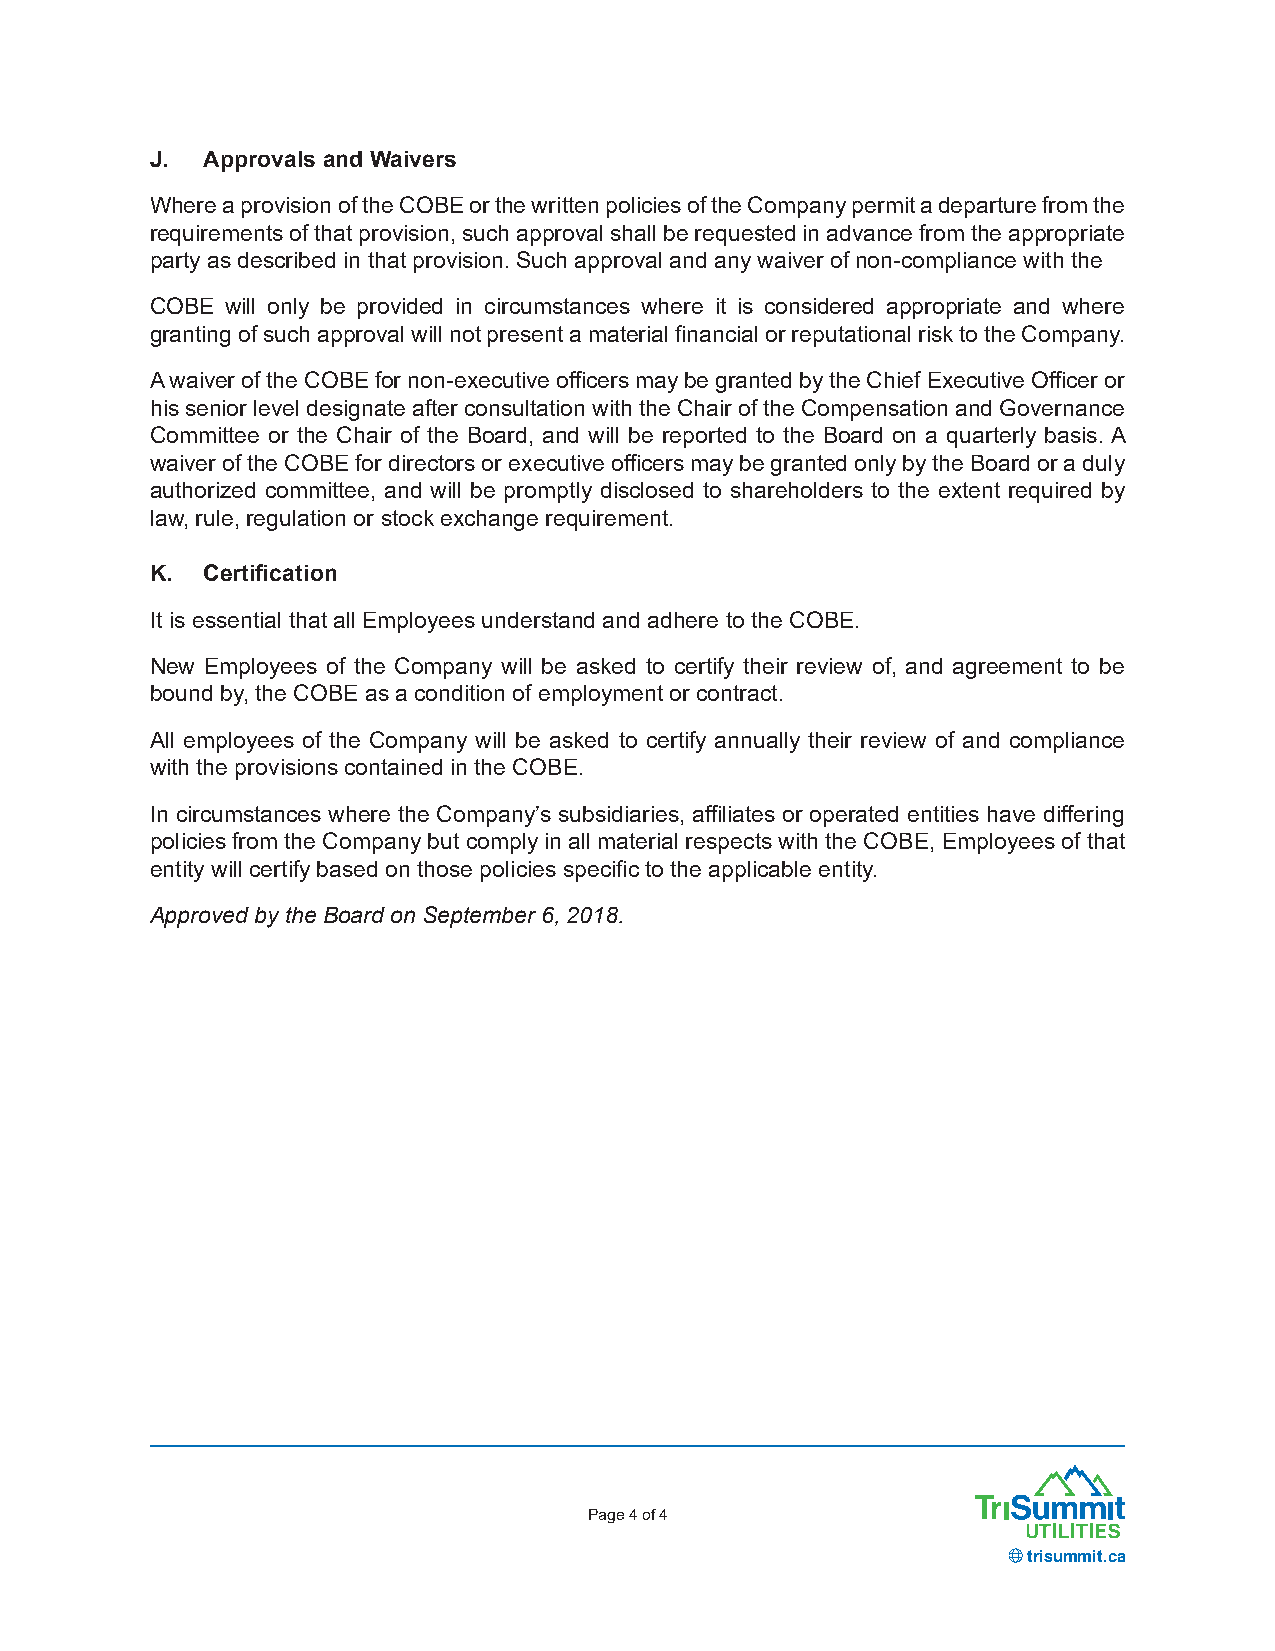
J.  Approvals and Waivers
 Where a provision of the COBE or the written policies of the Company permit a departure from the
 requirements of that provision, such approval shall be requested in advance from the appropriate
 party as described in that provision. Such approval and any waiver of non-compliance with the
 COBE will only be provided in circumstances where it is considered appropriate and where
 granting of such approval will not present a material financial or reputational risk to the Company.
 A waiver of the COBE for non-executive officers may be granted by the Chief Executive Officer or
 his senior level designate after consultation with the Chair of the Compensation and Governance
 Committee or the Chair of the Board, and will be reported to the Board on a quarterly basis. A
 waiver of the COBE for directors or executive officers may be granted only by the Board or a duly
 authorized committee, and will be promptly disclosed to shareholders to the extent required by
 law, rule, regulation or stock exchange requirement.
 K.  Certification
 It is essential that all Employees understand and adhere to the COBE.
 New Employees of the Company will be asked to certify their review of, and agreement to be
 bound by, the COBE as a condition of employment or contract.
 All employees of the Company will be asked to certify annually their review of and compliance
 with the provisions contained in the COBE.
 In circumstances where the Company’s subsidiaries, affiliates or operated entities have differing
 policies from the Company but comply in all material respects with the COBE, Employees of that
 entity will certify based on those policies specific to the applicable entity.
 Approved by the Board on September 6, 2018.
 Page 4 of 4
 trisummit.ca